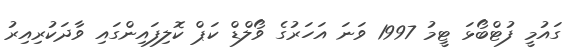
ގައުމީ ފުޓްބޯޅަ ޓީމު 1997 ވަނަ އަހަރުގެ ވޯލްޑް ކަޕް ކޮލިފައިންގައި ވާދަކުރިއިރު